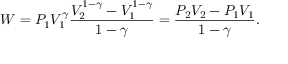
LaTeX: W = P _ { 1 } V _ { 1 } ^ { \gamma } { \frac { V _ { 2 } ^ { 1 - \gamma } - V _ { 1 } ^ { 1 - \gamma } } { 1 - \gamma } } = { \frac { P _ { 2 } V _ { 2 } - P _ { 1 } V _ { 1 } } { 1 - \gamma } } .